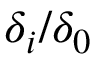
\delta _ { i } / \delta _ { 0 }